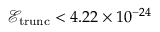
\mathcal { E } _ { \mathrm { t r u n c } } < 4 . 2 2 \times 1 0 ^ { - 2 4 }